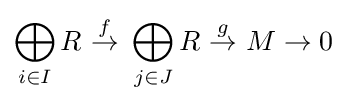
\bigoplus _{i\in I}R\ {\overset {f}{\to }}\ \bigoplus _{j\in J}R\ {\overset {g}{\to }}\ M\to 0